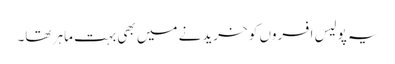
یہ پولیس افسروں کو خریدنے میں بھی بہت ماہر تھا۔